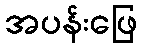
အပန်းဖြေ